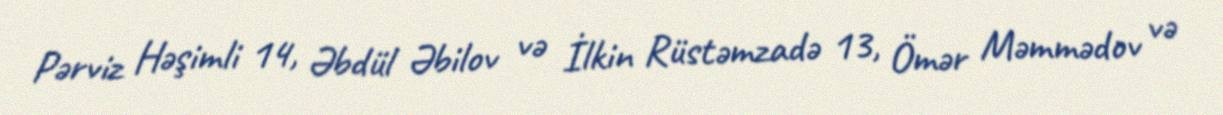
Pərviz Həşimli 14, Əbdül Əbilov və İlkin Rüstəmzadə 13, Ömər Məmmədov və